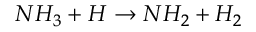
N H _ { 3 } + H \rightarrow N H _ { 2 } + H _ { 2 }